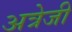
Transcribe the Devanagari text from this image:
अत्रेजी